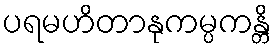
ပရမဟိတာနုကမ္ပကန္တိ